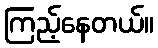
ကြည့်နေတယ်။